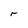
Character: r